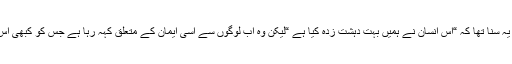
انہوں نے صرف میرے بارے میں یہ سنا تھا کہ “اس انسان نے ہمیں بہت دہشت زدہ کیا ہے “لیکن وہ اب لوگوں سے اسی ایمان کے متعلق کہہ رہا ہے جس کو کبھی اس نے تباہ کر نے کو شش کی تھی ۔